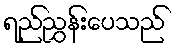
ရည်ညွှန်းပေသည်